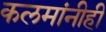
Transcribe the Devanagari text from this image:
कलमांनीही